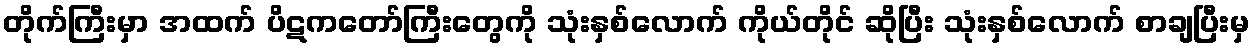
တိုက်ကြီးမှာ အထက် ပိဋကတော်ကြီးတွေကို သုံးနှစ်လောက် ကိုယ်တိုင် ဆိုပြီး သုံးနှစ်လောက် စာချပြီးမှ